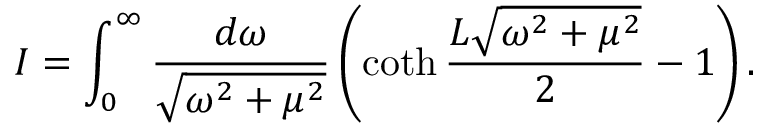
I = \int _ { 0 } ^ { \infty } \frac { d \omega } { \sqrt { \omega ^ { 2 } + \mu ^ { 2 } } } \left( \coth \frac { L \sqrt { \omega ^ { 2 } + \mu ^ { 2 } } } 2 - 1 \right) .